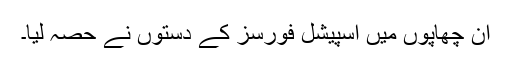
ان چھاپوں میں اسپیشل فورسز کے دستوں نے حصہ لیا۔